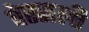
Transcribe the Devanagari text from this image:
वेस्सली